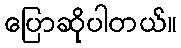
ပြောဆိုပါတယ်။